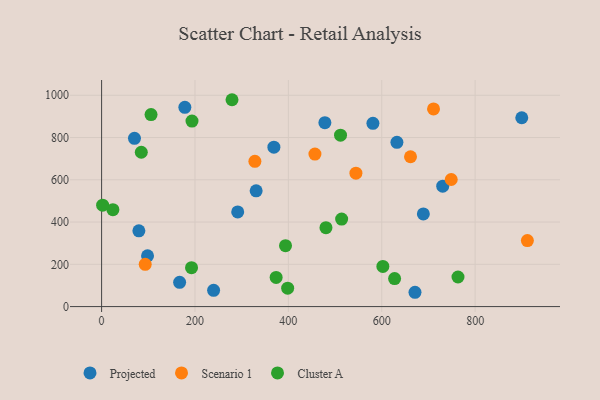
{"axis": {"x": "Ad Spend", "y": "Profit"}, "legend": ["Cluster A", "Projected", "Scenario 1"], "data": [{"x": "632.5", "y": 777.4, "type": "Projected"}, {"x": "331.0", "y": 547.6, "type": "Projected"}, {"x": "478.2", "y": 870.2, "type": "Projected"}, {"x": "70.4", "y": 796.4, "type": "Projected"}, {"x": "98.4", "y": 240.3, "type": "Projected"}, {"x": "291.5", "y": 448.0, "type": "Projected"}, {"x": "899.9", "y": 893.6, "type": "Projected"}, {"x": "730.6", "y": 569.6, "type": "Projected"}, {"x": "671.2", "y": 67.7, "type": "Projected"}, {"x": "178.3", "y": 943.1, "type": "Projected"}, {"x": "79.8", "y": 358.6, "type": "Projected"}, {"x": "239.9", "y": 76.7, "type": "Projected"}, {"x": "369.0", "y": 754.3, "type": "Projected"}, {"x": "167.1", "y": 114.8, "type": "Projected"}, {"x": "581.1", "y": 867.0, "type": "Projected"}, {"x": "689.1", "y": 438.3, "type": "Projected"}, {"x": "544.7", "y": 631.5, "type": "Scenario 1"}, {"x": "911.9", "y": 312.4, "type": "Scenario 1"}, {"x": "661.6", "y": 709.0, "type": "Scenario 1"}, {"x": "748.8", "y": 601.5, "type": "Scenario 1"}, {"x": "710.9", "y": 935.4, "type": "Scenario 1"}, {"x": "328.3", "y": 687.3, "type": "Scenario 1"}, {"x": "456.9", "y": 721.7, "type": "Scenario 1"}, {"x": "93.4", "y": 200.0, "type": "Scenario 1"}, {"x": "763.3", "y": 140.0, "type": "Cluster A"}, {"x": "602.4", "y": 190.2, "type": "Cluster A"}, {"x": "85.0", "y": 730.4, "type": "Cluster A"}, {"x": "627.5", "y": 132.4, "type": "Cluster A"}, {"x": "193.6", "y": 878.1, "type": "Cluster A"}, {"x": "24.2", "y": 458.7, "type": "Cluster A"}, {"x": "2.2", "y": 479.7, "type": "Cluster A"}, {"x": "480.5", "y": 373.4, "type": "Cluster A"}, {"x": "192.6", "y": 184.3, "type": "Cluster A"}, {"x": "279.3", "y": 978.9, "type": "Cluster A"}, {"x": "514.1", "y": 414.2, "type": "Cluster A"}, {"x": "393.9", "y": 288.0, "type": "Cluster A"}, {"x": "511.7", "y": 811.1, "type": "Cluster A"}, {"x": "373.8", "y": 138.0, "type": "Cluster A"}, {"x": "105.9", "y": 908.6, "type": "Cluster A"}, {"x": "398.5", "y": 86.9, "type": "Cluster A"}]}